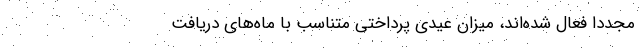
مجدداً فعال شده‌اند، میزان عیدی پرداختی متناسب با ماه‌های دریافت